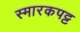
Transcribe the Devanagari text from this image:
स्मारकपट्ट